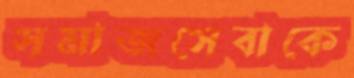
সমাজসেবাকে